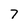
Character: 7